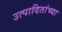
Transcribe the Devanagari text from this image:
उत्पादितांच्या